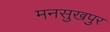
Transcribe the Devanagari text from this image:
मनसुखपुर